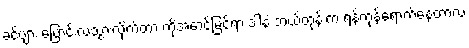
ခင်ဗျား ပြောင်းလဲသွားလိုက်တာ ကိုအောင်မြင်ရာ ဒါနဲ့ ဘယ်တုန်းက ရန်ကုန်ရောက်နေတာလဲ